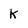
Character: K